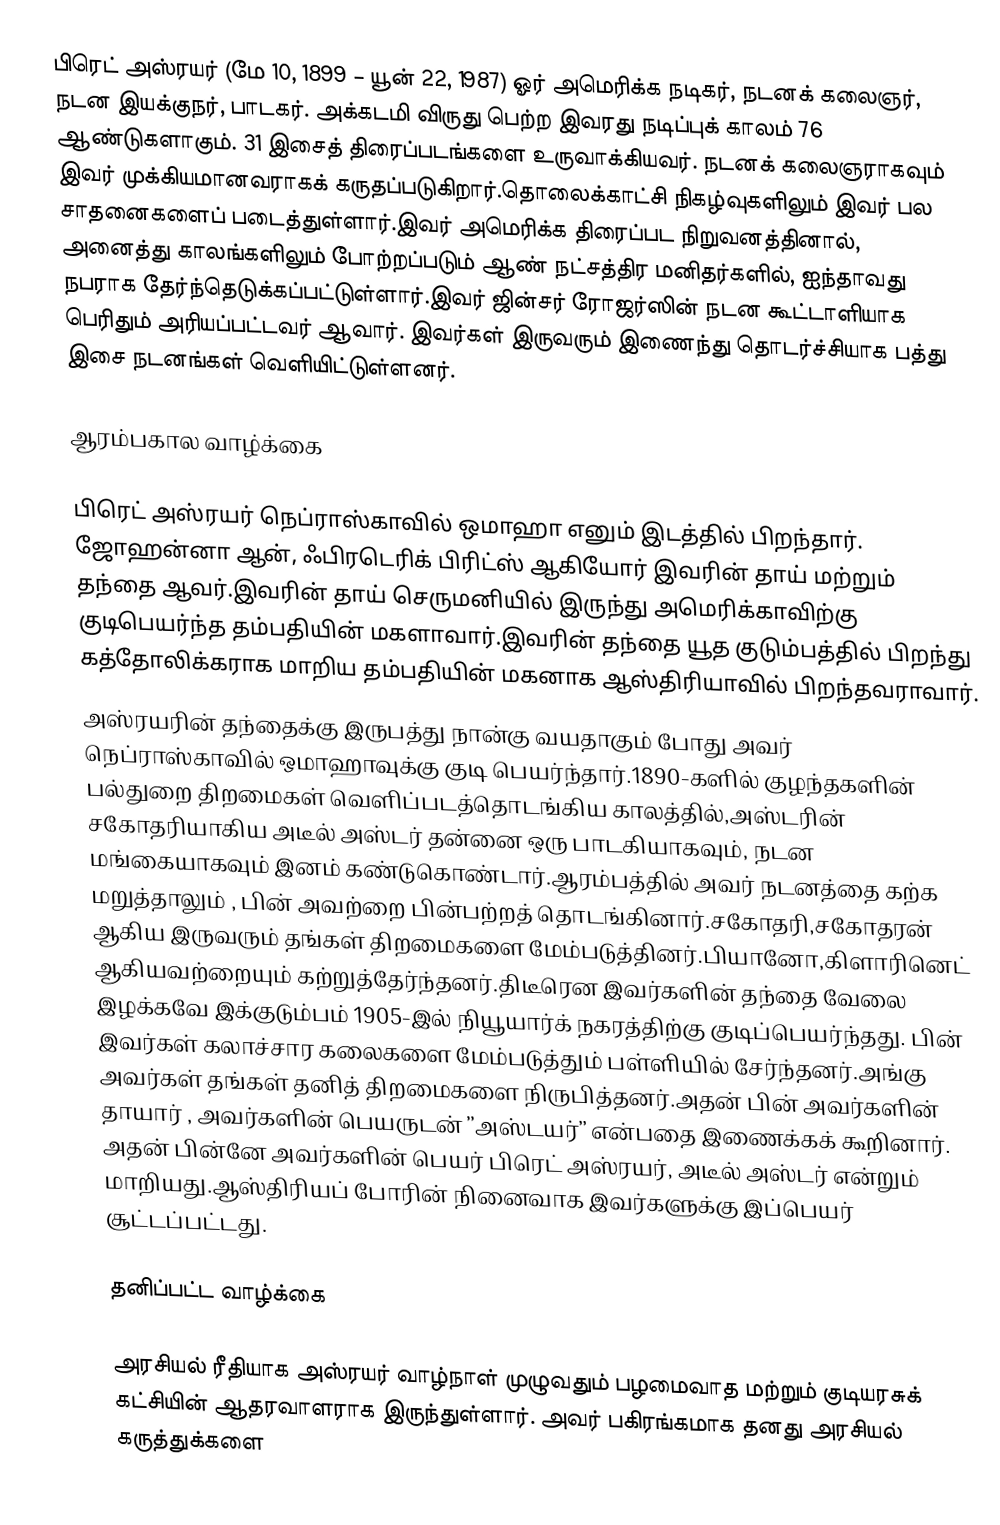
பிரெட் அஸ்ரயர் (மே 10, 1899 – யூன் 22, 1987) ஓர் அமெரிக்க நடிகர், நடனக் கலைஞர், நடன இயக்குநர், பாடகர். அக்கடமி விருது பெற்ற இவரது நடிப்புக் காலம் 76 ஆண்டுகளாகும். 31 இசைத் திரைப்படங்களை உருவாக்கியவர். நடனக் கலைஞராகவும் இவர் முக்கியமானவராகக் கருதப்படுகிறார்.தொலைக்காட்சி நிகழ்வுகளிலும் இவர் பல சாதனைகளைப் படைத்துள்ளார்.இவர் அமெரிக்க திரைப்பட நிறுவனத்தினால், அனைத்து காலங்களிலும் போற்றப்படும் ஆண் நட்சத்திர மனிதர்களில், ஐந்தாவது நபராக தேர்ந்தெடுக்கப்பட்டுள்ளார்.இவர் ஜின்சர் ரோஜர்ஸின் நடன கூட்டாளியாக பெரிதும் அரியப்பட்டவர் ஆவார். இவர்கள் இருவரும் இணைந்து தொடர்ச்சியாக பத்து இசை நடனங்கள் வெளியிட்டுள்ளனர்.

ஆரம்பகால வாழ்க்கை

பிரெட் அஸ்ரயர் நெப்ராஸ்காவில் ஒமாஹா எனும் இடத்தில் பிறந்தார். ஜோஹன்னா ஆன், ஃபிரடெரிக் பிரிட்ஸ் ஆகியோர் இவரின் தாய் மற்றும் தந்தை ஆவர்.இவரின் தாய் செருமனியில் இருந்து அமெரிக்காவிற்கு  குடிபெயர்ந்த தம்பதியின் மகளாவார்.இவரின் தந்தை யூத குடும்பத்தில் பிறந்து கத்தோலிக்கராக மாறிய தம்பதியின் மகனாக ஆஸ்திரியாவில் பிறந்தவராவார்.
அஸ்ரயரின் தந்தைக்கு இருபத்து நான்கு வயதாகும் போது அவர் நெப்ராஸ்காவில் ஒமாஹாவுக்கு குடி பெயர்ந்தார்.1890-களில் குழந்தகளின் பல்துறை திறமைகள் வெளிப்படத்தொடங்கிய காலத்தில்,அஸ்டரின் சகோதரியாகிய அடீல் அஸ்டர் தன்னை ஒரு பாடகியாகவும், நடன மங்கையாகவும் இனம் கண்டுகொண்டார்.ஆரம்பத்தில் அவர் நடனத்தை கற்க மறுத்தாலும் , பின் அவற்றை பின்பற்றத் தொடங்கினார்.சகோதரி,சகோதரன் ஆகிய இருவரும் தங்கள் திறமைகளை மேம்படுத்தினர்.பியானோ,கிளாரினெட் ஆகியவற்றையும் கற்றுத்தேர்ந்தனர்.திடீரென இவர்களின் தந்தை வேலை இழக்கவே இக்குடும்பம் 1905-இல் நியூயார்க் நகரத்திற்கு குடிப்பெயர்ந்தது. பின் இவர்கள் கலாச்சார கலைகளை மேம்படுத்தும் பள்ளியில் சேர்ந்தனர்.அங்கு அவர்கள் தங்கள் தனித் திறமைகளை நிருபித்தனர்.அதன் பின் அவர்களின் தாயார் , அவர்களின் பெயருடன் ’’அஸ்டயர்’’ என்பதை இணைக்கக் கூறினார். அதன் பின்னே அவர்களின் பெயர் பிரெட் அஸ்ரயர், அடீல் அஸ்டர் என்றும் மாறியது.ஆஸ்திரியப் போரின் நினைவாக இவர்களுக்கு இப்பெயர் சூட்டப்பட்டது.

தனிப்பட்ட வாழ்க்கை

அரசியல் ரீதியாக அஸ்ரயர்  வாழ்நாள் முழுவதும்  பழமைவாத மற்றும் குடியரசுக் கட்சியின் ஆதரவாளராக இருந்துள்ளார். அவர் பகிரங்கமாக தனது அரசியல் கருத்துக்களை